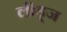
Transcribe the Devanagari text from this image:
लीड्ज